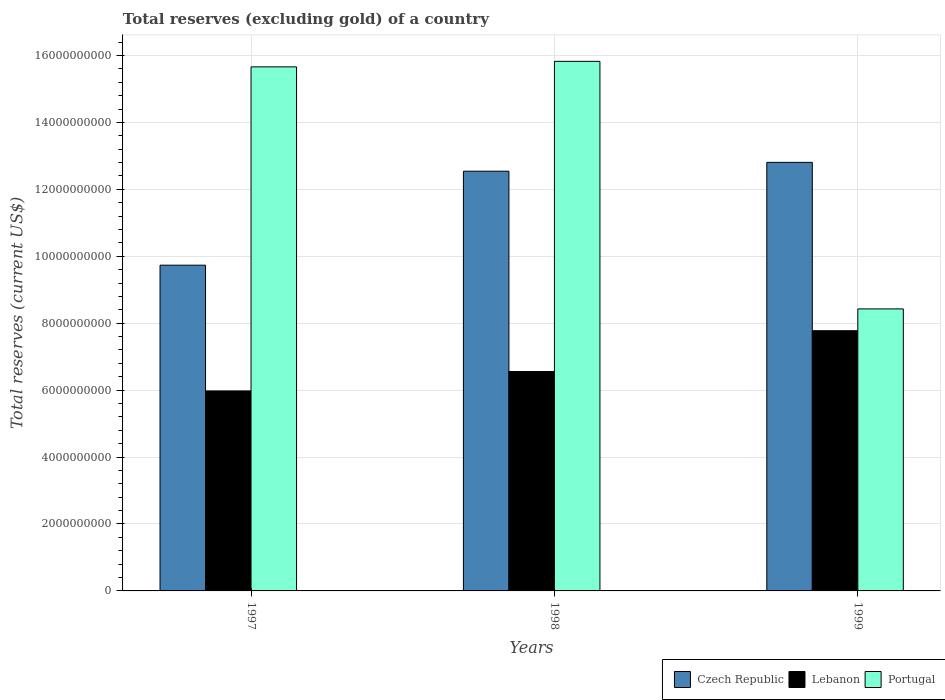
| Years | Czech Republic | Lebanon | Portugal |
 | --- | --- | --- | --- |
 | 1997 | 9.73e+09 | 5.98e+09 | 1.57e+10 |
 | 1998 | 1.25e+10 | 6.56e+09 | 1.58e+10 |
 | 1999 | 1.28e+10 | 7.78e+09 | 8.43e+09 |